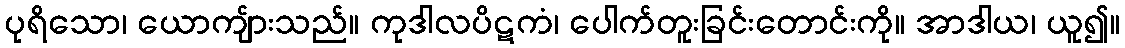
ပုရိသော၊ ယောကျ်ားသည်။ ကုဒါလပိဋကံ၊ ပေါက်တူးခြင်းတောင်းကို။ အာဒါယ၊ ယူ၍။